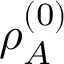
\rho _ { A } ^ { ( 0 ) }